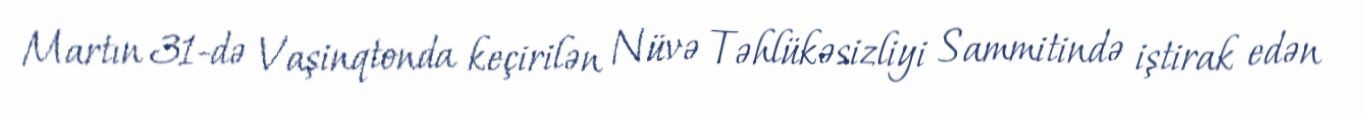
Martın 31-də Vaşinqtonda keçirilən Nüvə Təhlükəsizliyi Sammitində iştirak edən